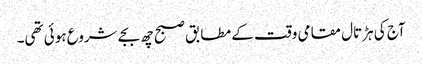
آج کی ہڑتال مقامی وقت کے مطابق صبح چھ بجے شروع ہوئی تھی۔